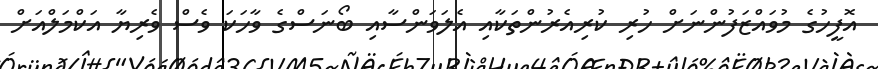
އޮފީހުގެ މުވައްޒަފުންނަށް ހުރި ކުރިއެރުންތަކާއި އެލަވަންސާއި ބޯނަސްގެ ވާހަކަ ވެސް ވެރިޔާ އަކްމަލްއަށް